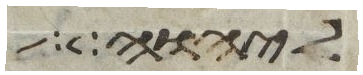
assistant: ליהוה